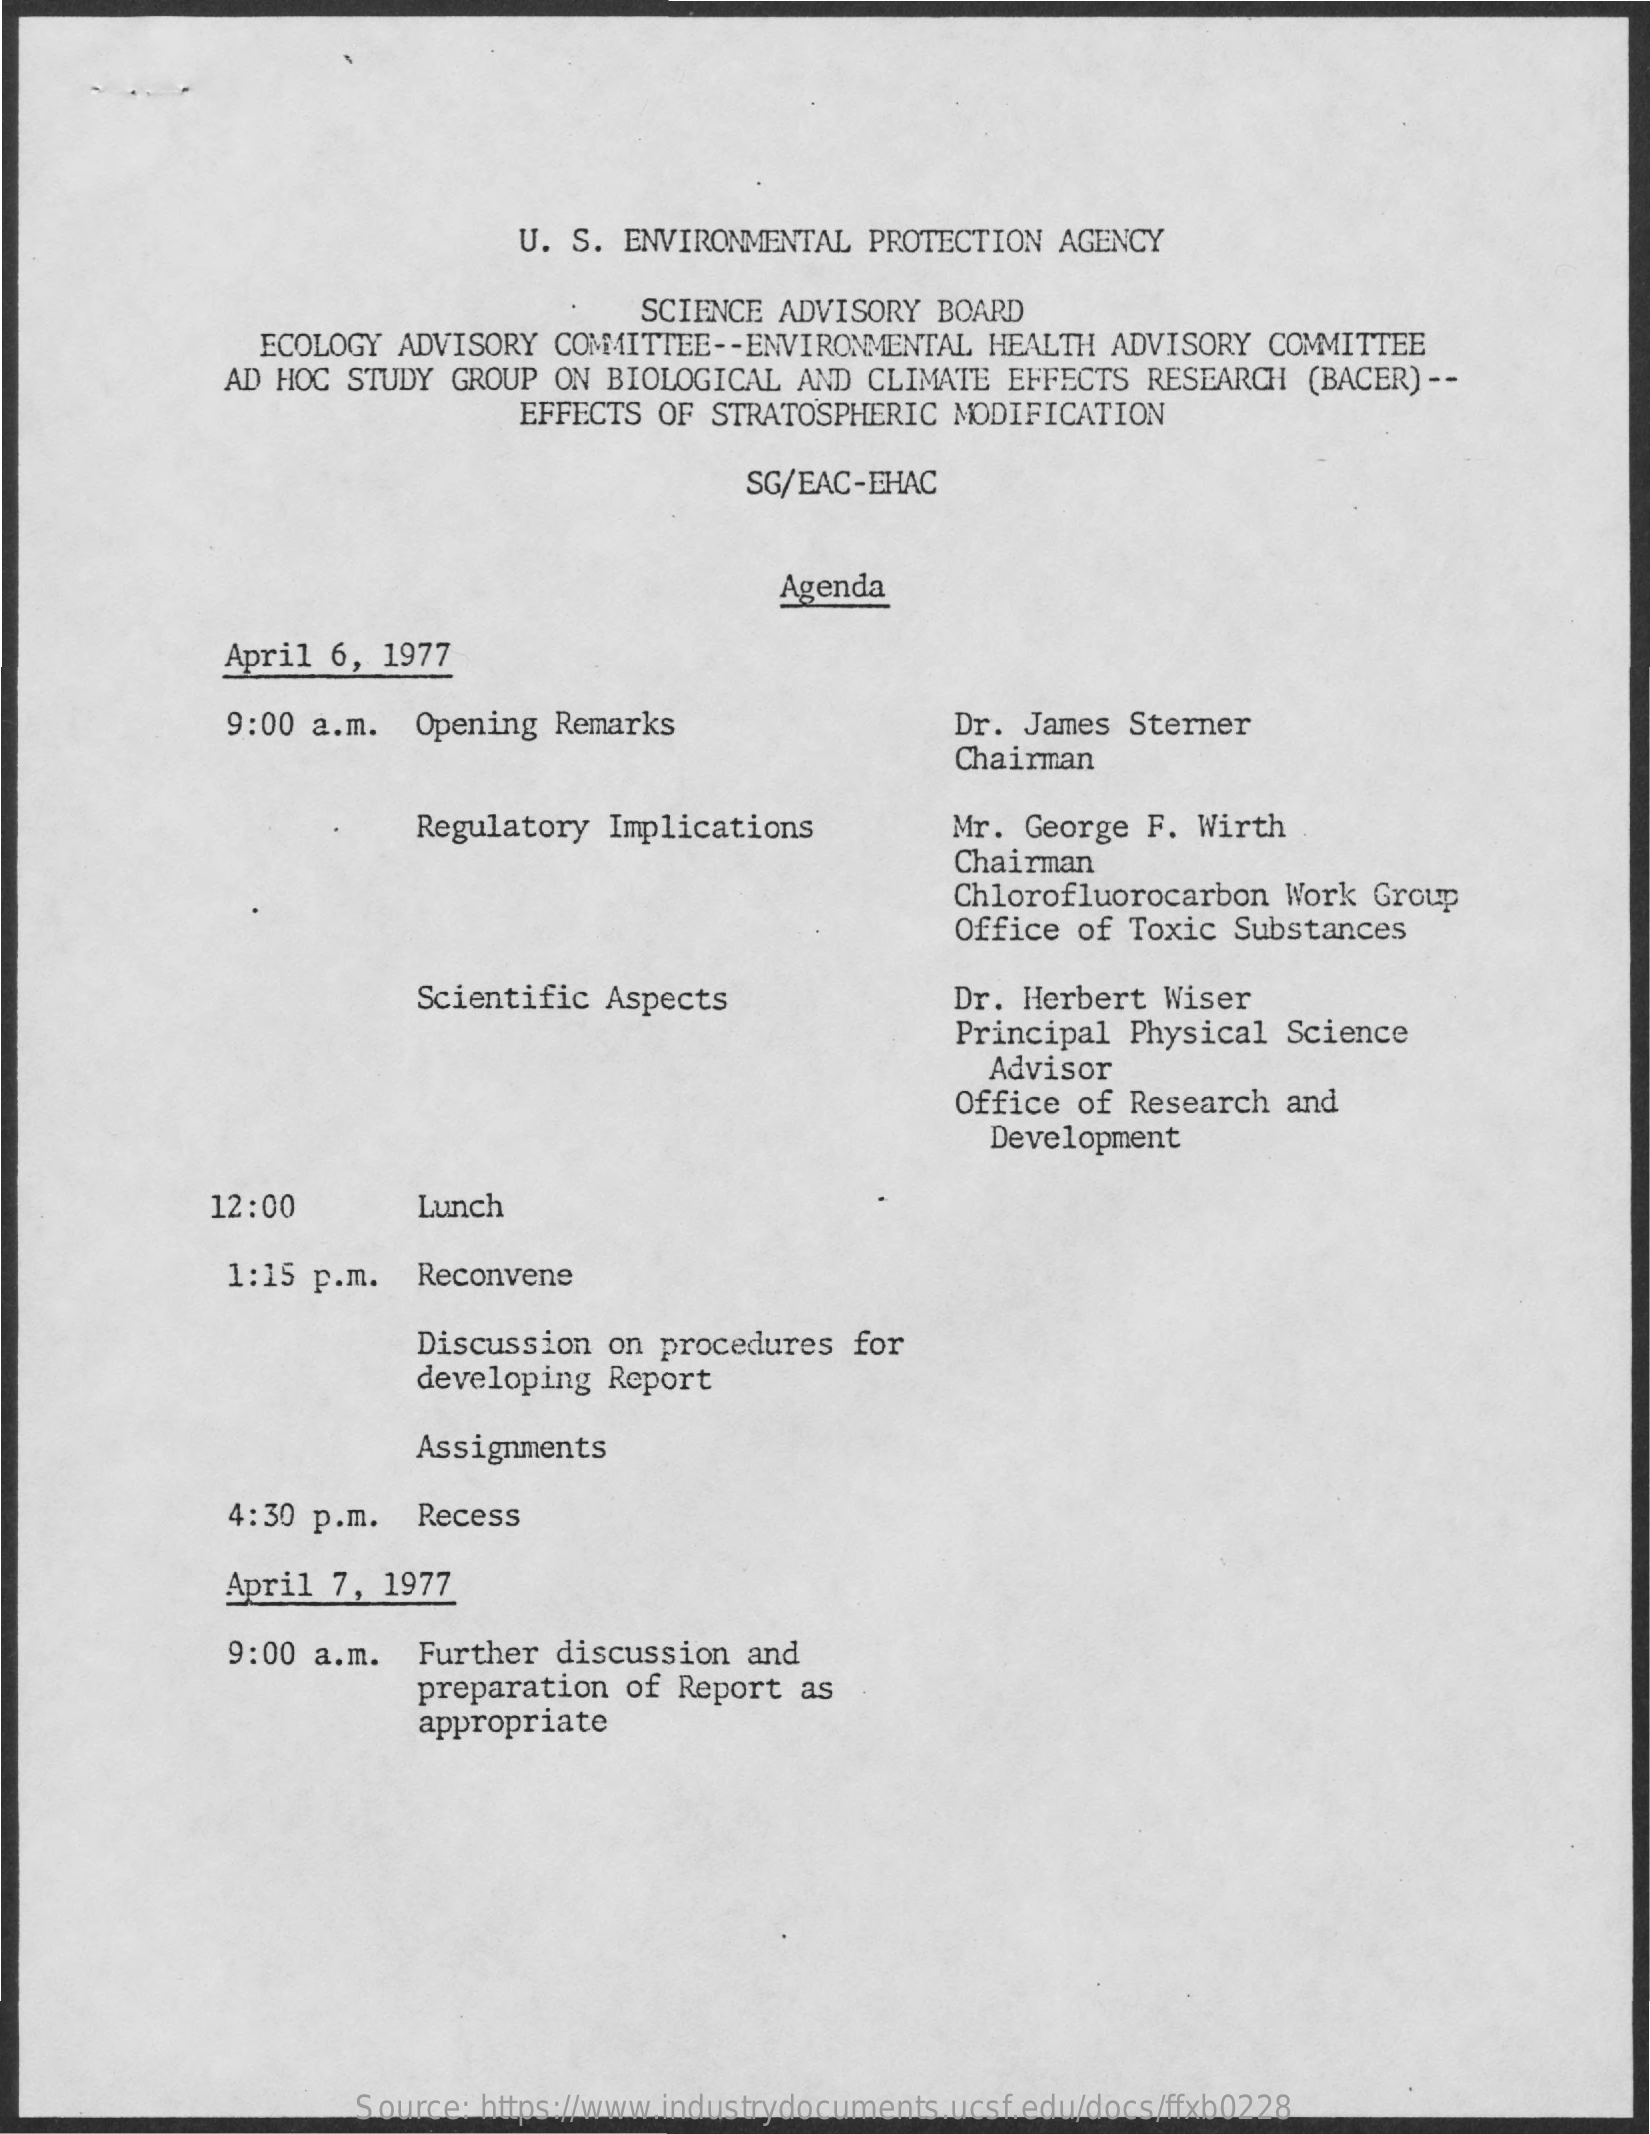
U. S. ENVIRONMENTAL PROTECTION AGENCY
     SCIENCE ADVISORY BOARD
     ECOLOGY ADVISORY COMMITTEE -- ENVIRONMENTAL HEALTH ADVISORY COMMITTEE
     AD HOC STUDY GROUP ON BIOLOGICAL AND CLIMATE EFFECTS RESEARCH (BACER) --
     EFFECTS OF STRATOSPHERIC MODIFICATION
     SG/EAC-EHAC
     Agenda
     April 6, 1977
     9:00 a.m. Opening Remarks    Dr. James Sterner
     Chairman
     Regulatory Implications    Mr. George F. Wirth
     Chairman
     Chlorofluorocarbon Work Group
     Office of Toxic Substances
     Scientific Aspects    Dr. Herbert Wiser
     Principal Physical Science
     Advisor
     Office of Research and
     Development
     12:00    Lunch
     1:15 p.m. Reconvene
     Discussion on procedures for
     developing Report
     Assignments
     4:30 p.m. Recess
     April 7, 1977
     9:00 a.m. Further discussion and
     preparation of Report as
     appropriate
     Source: https://www.industrydocuments.ucsf.edu/docs/ffxb0228